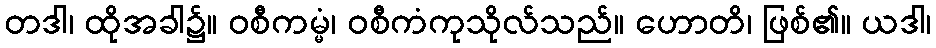
တဒါ၊ ထိုအခါ၌။ ဝစီကမ္မံ၊ ဝစီကံကုသိုလ်သည်။ ဟောတိ၊ ဖြစ်၏။ ယဒါ၊